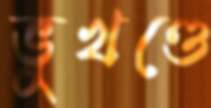
ভুখণ্ডে